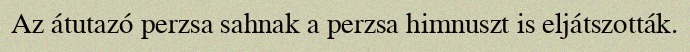
Az átutazó perzsa sahnak a perzsa himnuszt is eljátszották.